Indian journal of veterinary science and animal husbandry - Volume 2,
Year: 1932
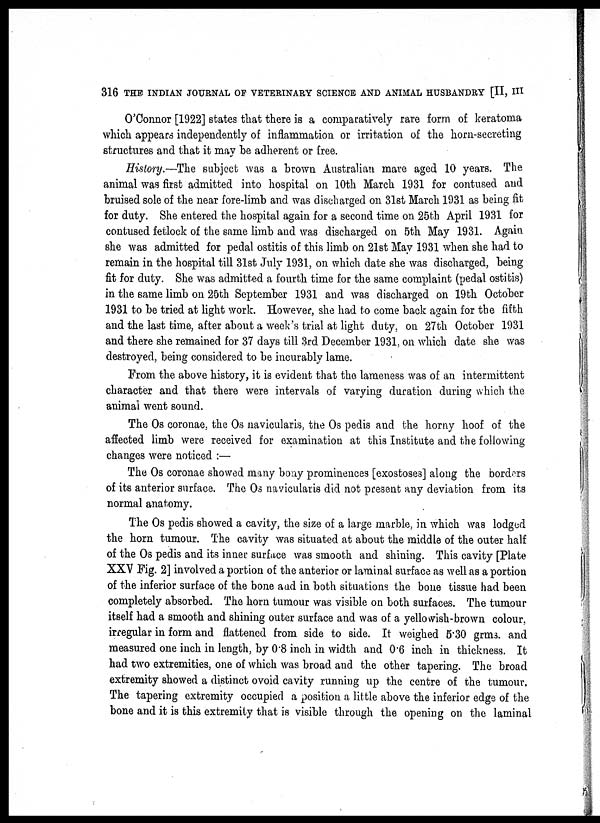
316 THE INDIAN JOURNAL OF VETERINARY SCIENCE AND ANIMAL HUSBANDRY [II, III
O'Connor [1922] states that there is a comparatively rare form of keratoma
which appears independently of inflammation or irritation of the horn-secreting
structures and that it may be adherent or free.
History.—The subject was a brown Australian mare aged 10 years. The
animal was first admitted into hospital on 10th March 1931 for contused and
bruised sole of the near fore-limb and was discharged on 31st March 1931 as being fit
for duty. She entered the hospital again for a second time on 25th April 1931 for
contused fetlock of the same limb and was discharged on 5th May 1931. Again
she was admitted for pedal ostitis of this limb on 21st May 1931 when she had to
remain in the hospital till 31st July 1931, on which date she was discharged, being-
fit for duty. She was admitted a fourth time for the same complaint (pedal ostitis)
in the same limb on 25th September 1931 and was discharged on 19th October
1931 to be tried at light work. However, she had to come back again for the fifth
and the last time, after about a week's trial at light duty, on 27th October 1931
and there she remained for 37 days till 3rd December 1931, on which date she was
destroyed, being considered to be incurably lame.
From the above history, it is evident that the lameness was of an intermittent
character and that there were intervals of varying duration during which the
animal went sound.
The Os coronae, the Os navicularis, the Os pedis and the horny hoof of the
affected limb were received for examination at this Institute and the following
changes were noticed :—
The Os coronae showed many bony prominences [exostoses] along the borders
of its anterior surface. The Os navicularis did not present any deviation from its
normal anatomy.
The Os pedis showed a cavity, the size of a large marble, in which was lodged
the horn tumour. The cavity was situated at about the middle of the outer half
of the Os pedis and its inner surface was smooth and shining. This cavity [Plate
XXV Fig. 2] involved a portion of the anterior or laminal surface as well as a portion
of the inferior surface of the bone aad in both situations the bone tissue had been
completely absorbed. The horn tumour was visible on both surfaces. The tumour
itself had a smooth and shining outer surface and was of a yellowish-brown colour,
irregular in form and flattened from side to side. It weighed 5.30 grms. and
measured one inch in length, by 0.8 inch in width and 0.6 inch in thickness. It
had two extremities, one of which was broad and the other tapering. The broad
extremity showed a distinct ovoid cavity running up the centre of the tumour.
The tapering extremity occupied a position a little above the inferior edge of the
bone and it is this extremity that is visible through the opening on the laminal